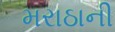
મરાઠાની